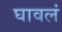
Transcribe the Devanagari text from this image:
घावलं